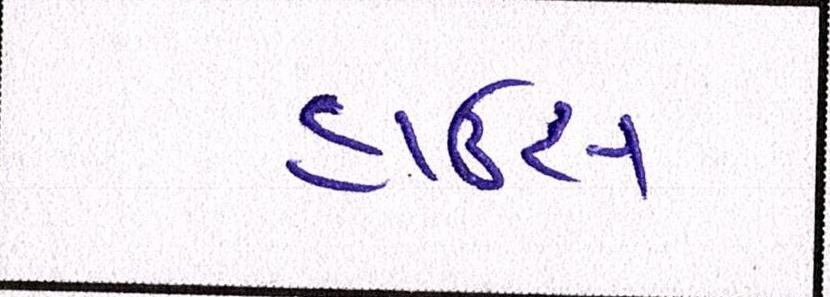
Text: હાઉસ